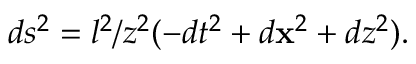
d s ^ { 2 } = l ^ { 2 } / z ^ { 2 } ( - d t ^ { 2 } + d { \bf x } ^ { 2 } + d z ^ { 2 } ) .